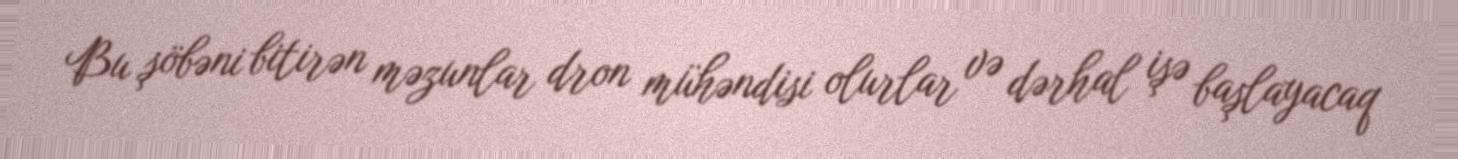
Bu şöbəni bitirən məzunlar dron mühəndisi olurlar və dərhal işə başlayacaq